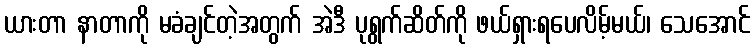
ယားတာ နာတာကို မခံချင်တဲ့အတွက် အဲဒီ ပုရွက်ဆိတ်ကို ဖယ်ရှားရပေလိမ့်မယ်၊ သေအောင်